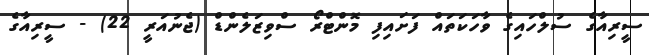
ސީރިއާގެ ސުލްހައިގެ ވާހަކަތައް ފަށައިފި މޮންޓްރޯ ސްވިޒަލެންޑް (ޖެނުއަރީ 22) - ސީރިއާގެ